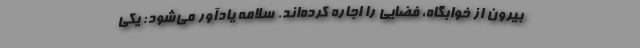
بیرون از خوابگاه، فضایی را اجاره کرده‌اند. سلامه یادآور می‌شود: یکی